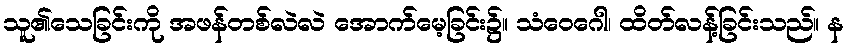
သူ၏သေခြင်းကို အဖန်တစ်လဲလဲ အောက်မေ့ခြင်း၌။ သံဝေဂေါ၊ ထိတ်လန့်ခြင်းသည်။ န